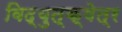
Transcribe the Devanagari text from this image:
विद्युत्‌क्षेत्र